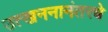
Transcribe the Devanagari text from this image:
उत्खननानंतरचे